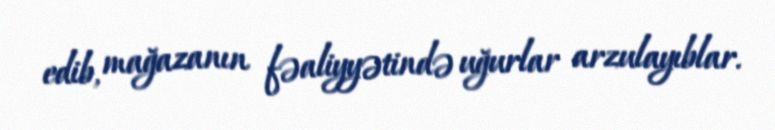
edib, mağazanın fəaliyyətində uğurlar arzulayıblar.